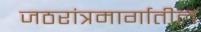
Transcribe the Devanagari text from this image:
जठरांत्रमार्गातील